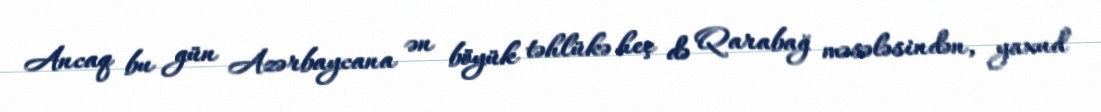
Ancaq bu gün Azərbaycana ən böyük təhlükə heç də Qarabağ məsələsindən, yaxud